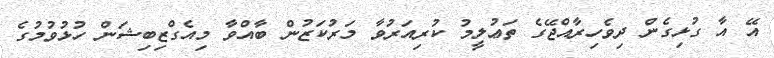
އޭ އާ ގުޅިގެން ދިވެހިރާއްޖޭގެ ތަޢުލީމު ކުރިއަރުވާ މަރުކަޒުން ބާއްވާ މިއެގްޒިބިޝަން ހުޅުވުމުގެ